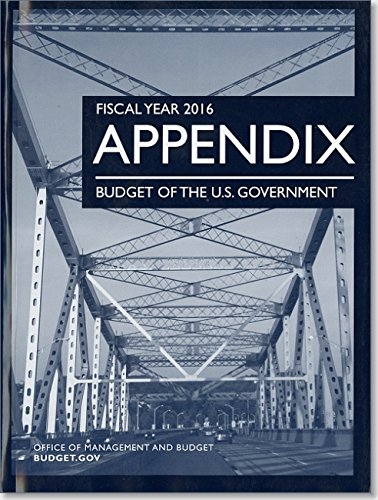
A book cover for Fiscal Year 2016 Appendix, Budget of the United States Government; Business & Money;